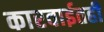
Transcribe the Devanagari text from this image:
कारवाईतही